Scottish Leaving Certificate Examination, 1958
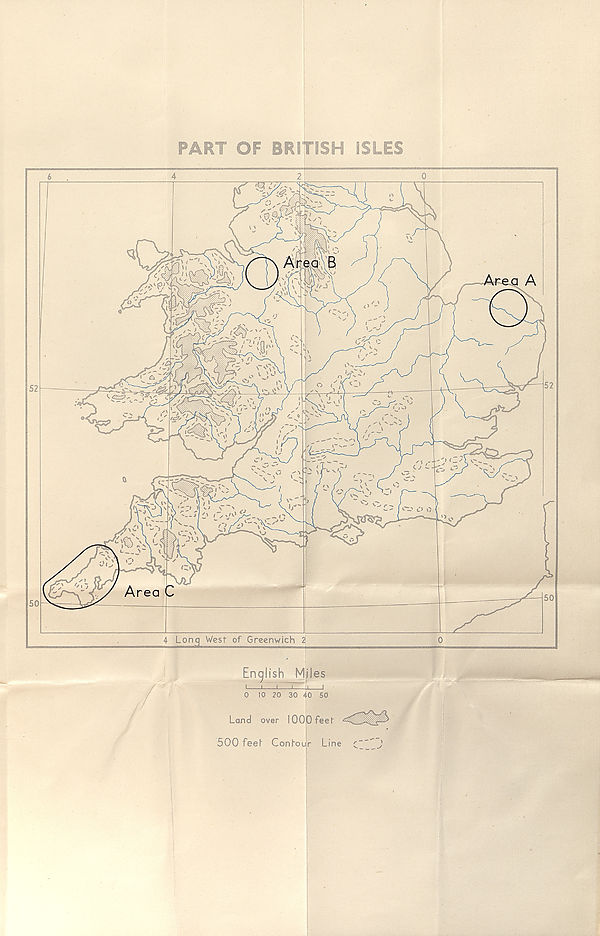
PART OF BRITISH ISLES
4 Long West of Greenwich 2
English Miles
-1 1 1 1
0 10 20 30 40 50
Land over 1000 feer <2X^3
500 feel- Concur Line